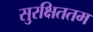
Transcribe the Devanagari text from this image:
सुरक्षिततम